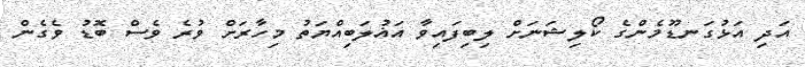
އަދި އަޅުގަނޑޫމެންގެ ކޯލިޝަނަށް ލިބިފައިވާ އަޣުލަބިއްޔަތު މިހާރަށް ވުރެ ވެސް ބޮޑު ވެގެން